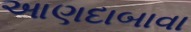
આણદાબાવા